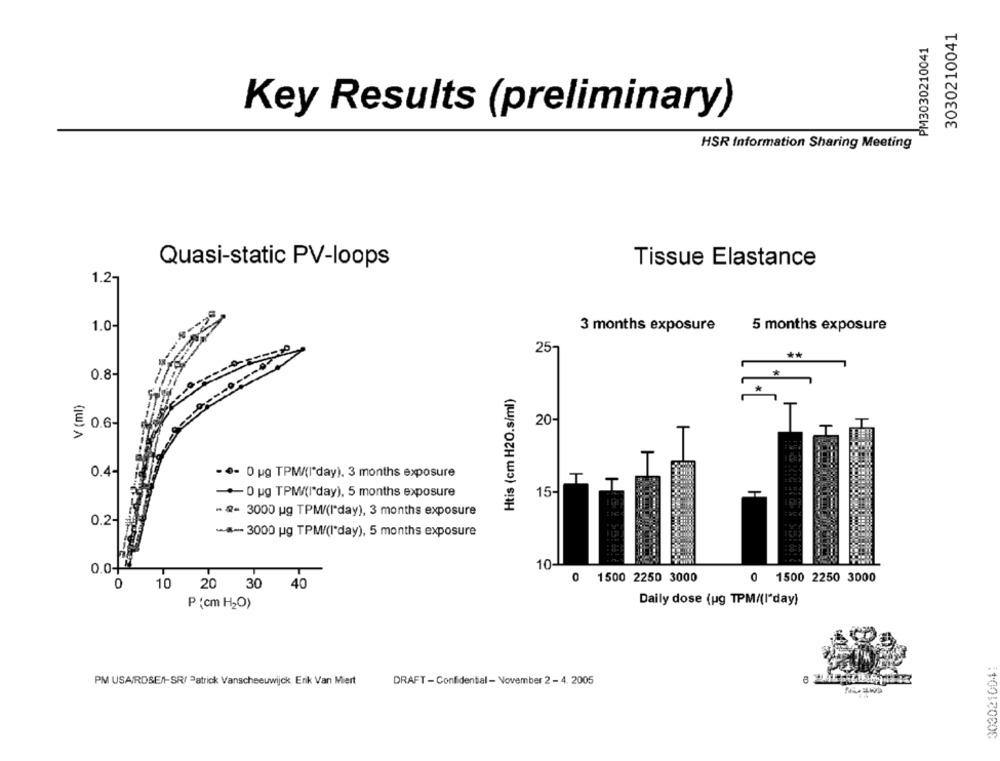
3030210041
PM3030210041
Key Results (preliminary)
HSR Information Sharing Meeting
Quasi-static PV-loops
Tissue Elastance
1.2-
1.04
3 months exposure
5 months exposure
25
**
0.8-
V (ml)
Htis (cm H2O.s/ml)
0.6-
20-
0.44
-.- 0 ug TPM/(I"day). 3 months exposure
T
-0 ug TPM(I"day), 5 months exposure
15-
- Q= 3000 ug TPM/(I'day), 3 months exposure
0.2-
-*- 3000 pg TPM/(I'day), 5 months exposure
0.04
10
0 1500 2250 3000
0
1500 2250 3000
0
10 20 30 40
Daily dose (ug TPM/(I"day)
P (cm H2O)
PM USAIRDSEN-SR/ Patrick Vanscheeuwijck Erik Van Miert
DRAFT - Confidential - November 2 - 4. 2005
: 1001COCOS